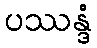
ပဿန္ဒံ